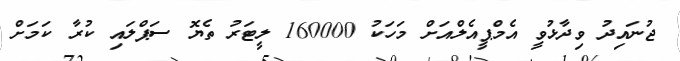
ޖުނައިދު ވިދާޅުވީ އެމްޕީއެލްއަށް މަހަކު 160000 ލީޓަރު ތެޔޮ ސަޕްލައި ކުރާ ކަމަށް